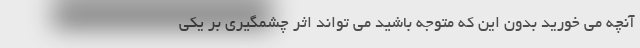
آنچه می خورید بدون این که متوجه باشید می تواند اثر چشمگیری بر یکی